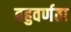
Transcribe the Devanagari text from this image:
बहुवर्णता